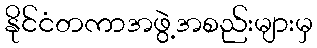
နိုင်ငံတကာအဖွဲ့အစည်းများမှ